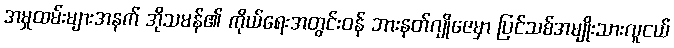
အမှုထမ်းများအနက် အိုသမန်၏ ကိုယ်ရေးအတွင်းဝန် ဘားနတ်ဂျိုဇေမှာ ပြင်သစ်အမျိုးသားလူငယ်